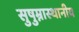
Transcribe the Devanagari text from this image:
सुषुम्नास्थानीय